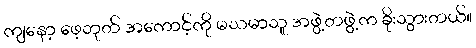
ကျနော့ ဖေ့ဘုတ် အကောင့်ကို မသမာသူ အဖွဲ့တဖွဲ့က ခိုးသွားတယ်။